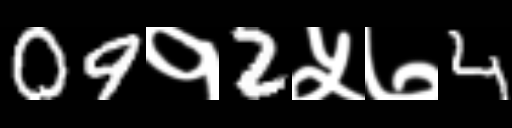
Text: 09१2५७4